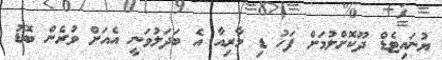
ޔުނައިޓެޑް ދޫކޮށްލުމަށް ފަހު ޑި މާރިއާ އެ ބަދަލުވަނީ އެއަށް ވުރެން ބޮޑު